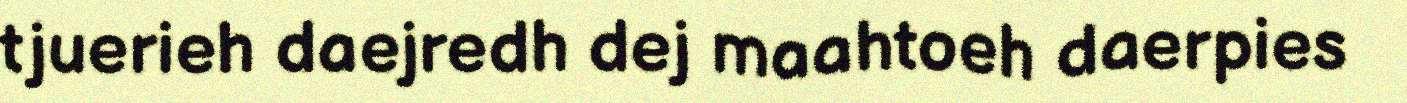
tjuerieh daejredh dej maahtoeh daerpies